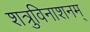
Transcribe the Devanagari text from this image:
शत्रुविनाशनम्